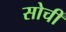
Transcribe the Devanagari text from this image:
सोचीं